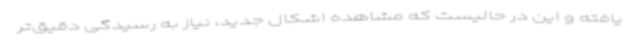
یافته و این در حالیست که مشاهده اشکال جدید، نیاز به رسیدگی دقیق‌تر